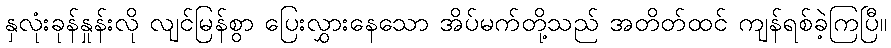
နှလုံးခုန်နှုန်းလို လျင်မြန်စွာ ပြေးလွှားနေသော အိပ်မက်တို့သည် အတိတ်ထင် ကျန်ရစ်ခဲ့ကြပြီ။